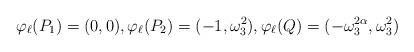
LaTeX: \begin{align*} \varphi_\ell(P_1) = (0,0), \varphi_\ell(P_2) = (-1,\omega_3^2), \varphi_\ell(Q) = (-\omega_3^{2\alpha},\omega_3^2)\end{align*}